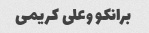
برانکو وعلی کریمی